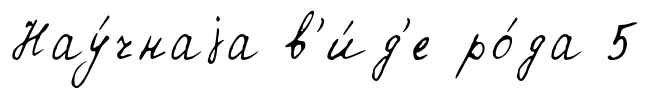
Нау́чнаjа в'и́д'е ро́да 5